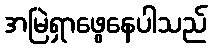
အမြဲရှာဖွေနေပါသည်